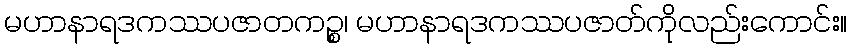
မဟာနာရဒကဿပဇာတကဉ္စ၊ မဟာနာရဒကဿပဇာတ်ကိုလည်းကောင်း။